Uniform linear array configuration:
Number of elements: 12
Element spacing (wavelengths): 0.5
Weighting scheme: exponential
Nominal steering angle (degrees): -15
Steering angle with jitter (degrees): -14.932
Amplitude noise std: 0.05
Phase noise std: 0.05

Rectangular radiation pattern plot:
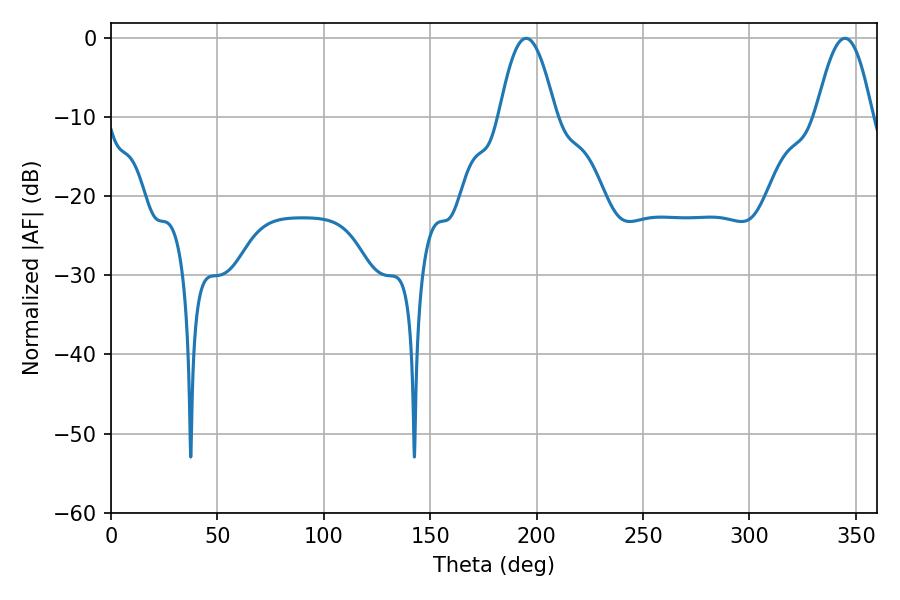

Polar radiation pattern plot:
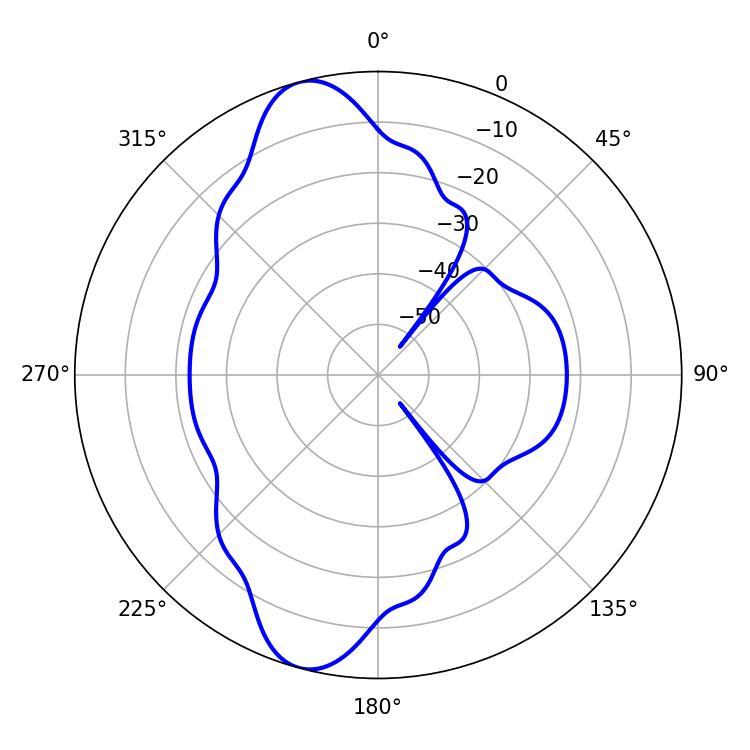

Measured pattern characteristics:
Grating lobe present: FALSE
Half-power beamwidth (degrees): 14.4
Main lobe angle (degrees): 195.12